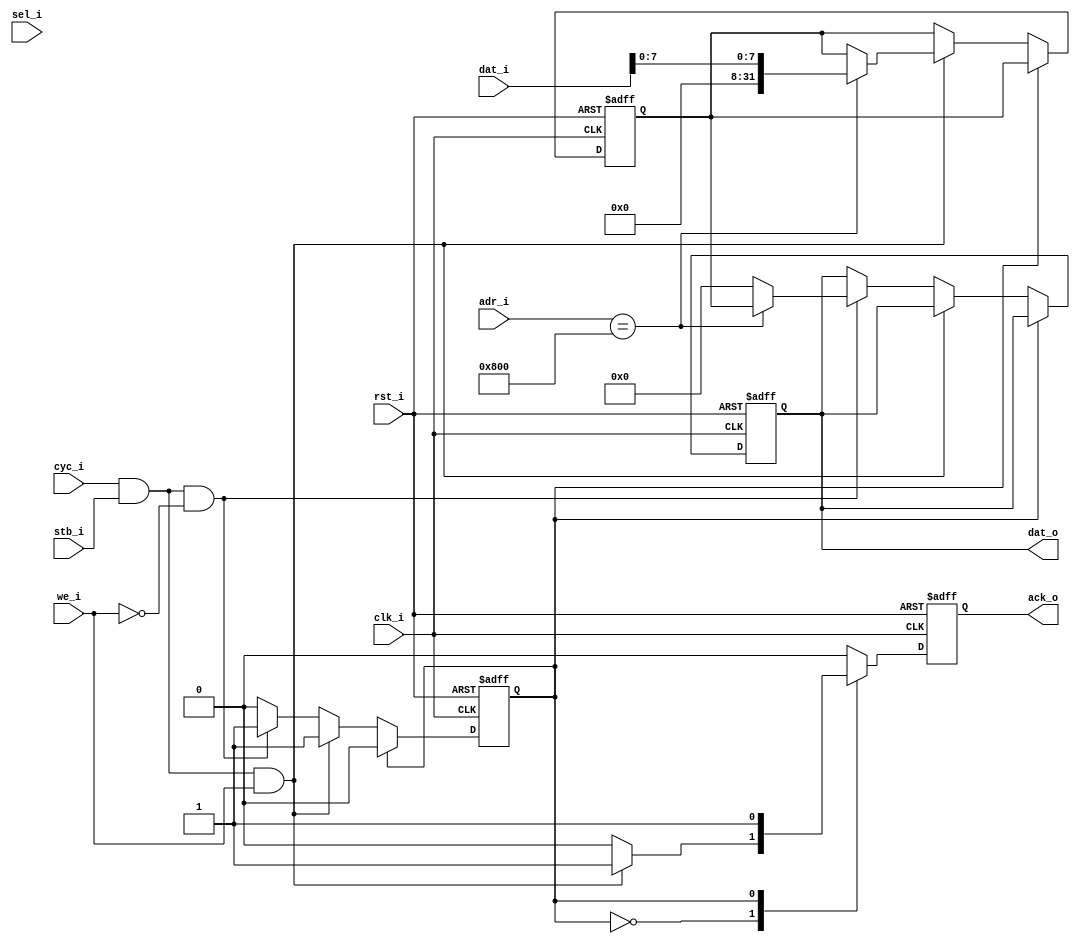
module ioctrl_wb #(parameter BASE_ADDR = 32'h00000800) (
    
    // system signals
    input clk_i, 
    input rst_i,
    
    // wb signals
    input      [31:0] dat_i, 
    output reg [31:0] dat_o, 
    input      [31:0] adr_i, 
    input      we_i, 
    input      [3:0] sel_i, 
    input      cyc_i, 
    input      stb_i, 
    output reg ack_o
);

localparam IDLE = 0;
localparam ACK  = 1;

wire read  = cyc_i & stb_i & !we_i;
wire write = cyc_i & stb_i & we_i;
    
reg state_r;
reg [31:0] data_r;
    
always@(posedge clk_i, posedge rst_i)
    if(rst_i) begin
        state_r <= 0;
        ack_o   <= 1'b0;
        data_r  <= 0;
        dat_o   <= 0;
    end else begin
    
        ack_o <= 1'b0;
        
        case(state_r)
            IDLE: 
                begin
                    if(write) begin
                        if(adr_i == BASE_ADDR)
                            data_r <= dat_i[7:0];
                        ack_o   <= 1'b1;
                        state_r <= ACK; 
                    end else if(read) begin
                        dat_o <= (adr_i == BASE_ADDR)? data_r: 0;
                        state_r <= ACK;
                    end
                end
            ACK:
                begin
                    ack_o   <= 1'b1;
                    state_r <= IDLE;
                end
        endcase
    end


endmodule